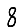
Digit: 8